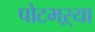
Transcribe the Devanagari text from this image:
पोटभऱ्या